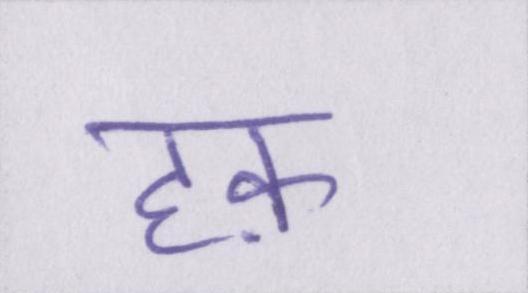
हक़